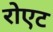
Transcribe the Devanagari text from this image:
रोएट